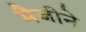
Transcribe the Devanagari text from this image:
मैजीने